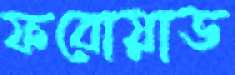
ফরোয়াড